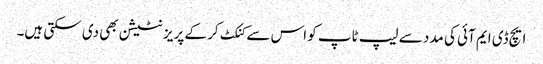
ایچ ڈی ایم آئی کی مدد سے لیپ ٹاپ کو اس سے کنکٹ کر کے پریزنٹیشن بھی دی سکتی ہیں۔